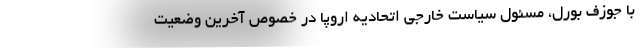
با جوزف بورل، مسئول سیاست خارجی اتحادیه اروپا در خصوص آخرین وضعیت